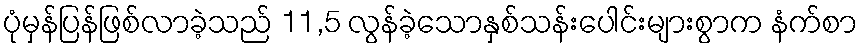
ပုံမှန်ပြန်ဖြစ်လာခဲ့သည် 11,5 လွန်ခဲ့သောနှစ်သန်းပေါင်းများစွာက နံက်စာ